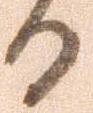
る